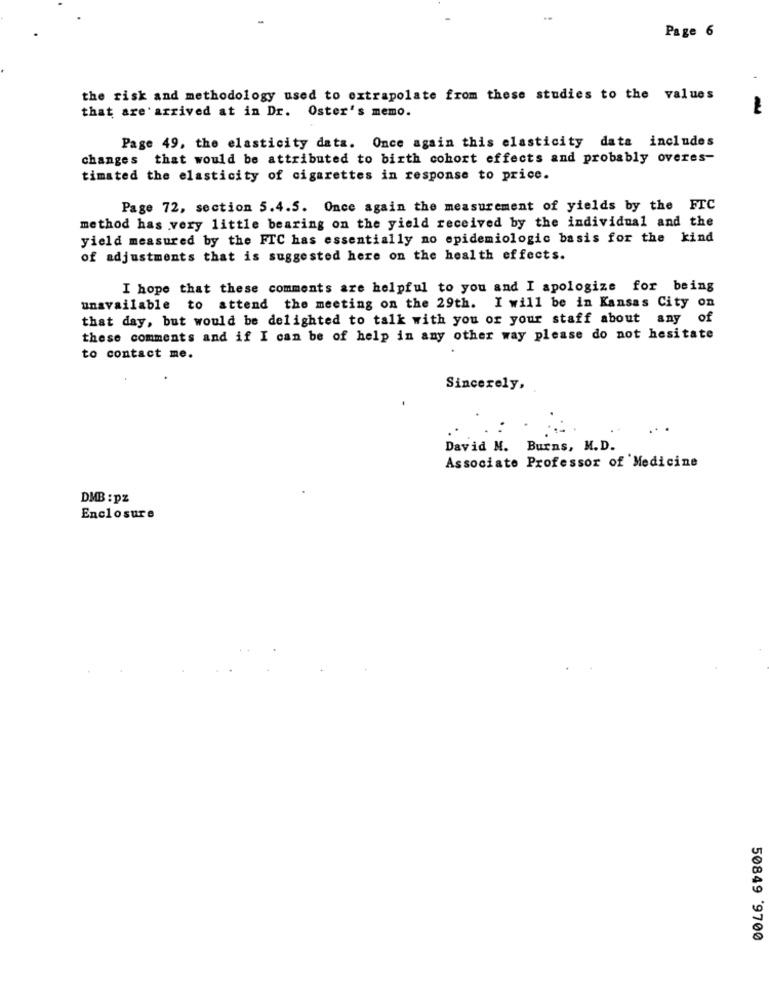
Page 6
the risk and methodology used to extrapolate from these studies to the values
that are arrived at in Dr. Oster's memo.
Page 49, the elasticity data. Once again this elasticity data includes
changes that would be attributed to birth cohort effects and probably overes-
timated the elasticity of cigarettes in response to price.
Page 72, section 5.4.5. Once again the measurement of yields by the FTC
method has very little bearing on the yield received by the individual and the
yield measured by the FIC has essentially no epidemiologic basis for the kind
of adjustments that is suggested here on the health effects.
I hope that these comments are helpful to you and I apologize for being
unavailable to attend the meeting on the 29th. I will be in Kansas City on
that day, but would be delighted to talk with you or your staff about any of
these comments and if I can be of help in any other way please do not hesitate
to contact me.
Sincerely,
...
David M. Burns, M.D.
Associate Professor of Medicine
DMB : pz
Enclosure
50849 9700